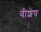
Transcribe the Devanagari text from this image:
वीशेष